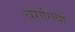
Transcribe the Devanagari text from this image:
बैरागियों